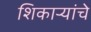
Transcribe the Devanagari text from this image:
शिकाऱ्यांचे